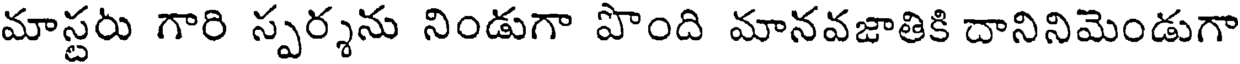
మాస్టరు గారి స్పర్శను నిండుగా పొంది మానవజాతికి దానినిమెండుగా